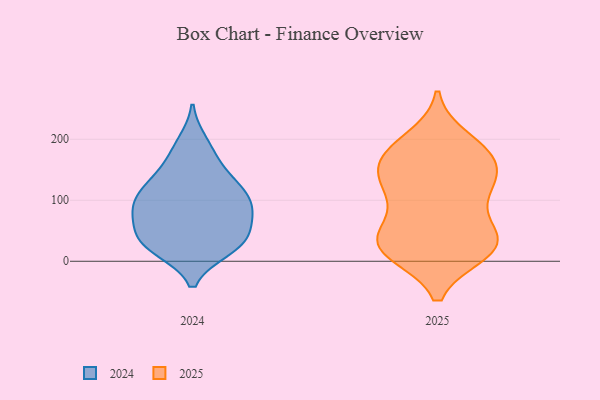
{"axis": {"x": "Budget (USD K)", "y": "Value"}, "legend": ["2024", "2025"], "data": [{"x": "", "y": 15, "type": "2025"}, {"x": "", "y": 170, "type": "2025"}, {"x": "", "y": 173, "type": "2025"}, {"x": "", "y": 177, "type": "2025"}, {"x": "", "y": 175, "type": "2025"}, {"x": "", "y": 42, "type": "2025"}, {"x": "", "y": 140, "type": "2025"}, {"x": "", "y": 117, "type": "2025"}, {"x": "", "y": 110, "type": "2025"}, {"x": "", "y": 18, "type": "2025"}, {"x": "", "y": 33, "type": "2025"}, {"x": "", "y": 137, "type": "2025"}, {"x": "", "y": 116, "type": "2025"}, {"x": "", "y": 22, "type": "2025"}, {"x": "", "y": 29, "type": "2025"}, {"x": "", "y": 24, "type": "2025"}, {"x": "", "y": 199, "type": "2025"}, {"x": "", "y": 60, "type": "2025"}, {"x": "", "y": 153, "type": "2024"}, {"x": "", "y": 195, "type": "2024"}, {"x": "", "y": 138, "type": "2024"}, {"x": "", "y": 26, "type": "2024"}, {"x": "", "y": 80, "type": "2024"}, {"x": "", "y": 58, "type": "2024"}, {"x": "", "y": 91, "type": "2024"}, {"x": "", "y": 124, "type": "2024"}, {"x": "", "y": 95, "type": "2024"}, {"x": "", "y": 96, "type": "2024"}, {"x": "", "y": 27, "type": "2024"}, {"x": "", "y": 110, "type": "2024"}, {"x": "", "y": 25, "type": "2024"}, {"x": "", "y": 48, "type": "2024"}, {"x": "", "y": 20, "type": "2024"}, {"x": "", "y": 57, "type": "2024"}, {"x": "", "y": 119, "type": "2024"}, {"x": "", "y": 181, "type": "2024"}, {"x": "", "y": 82, "type": "2024"}, {"x": "", "y": 25, "type": "2024"}]}